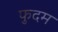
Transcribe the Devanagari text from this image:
फुदम